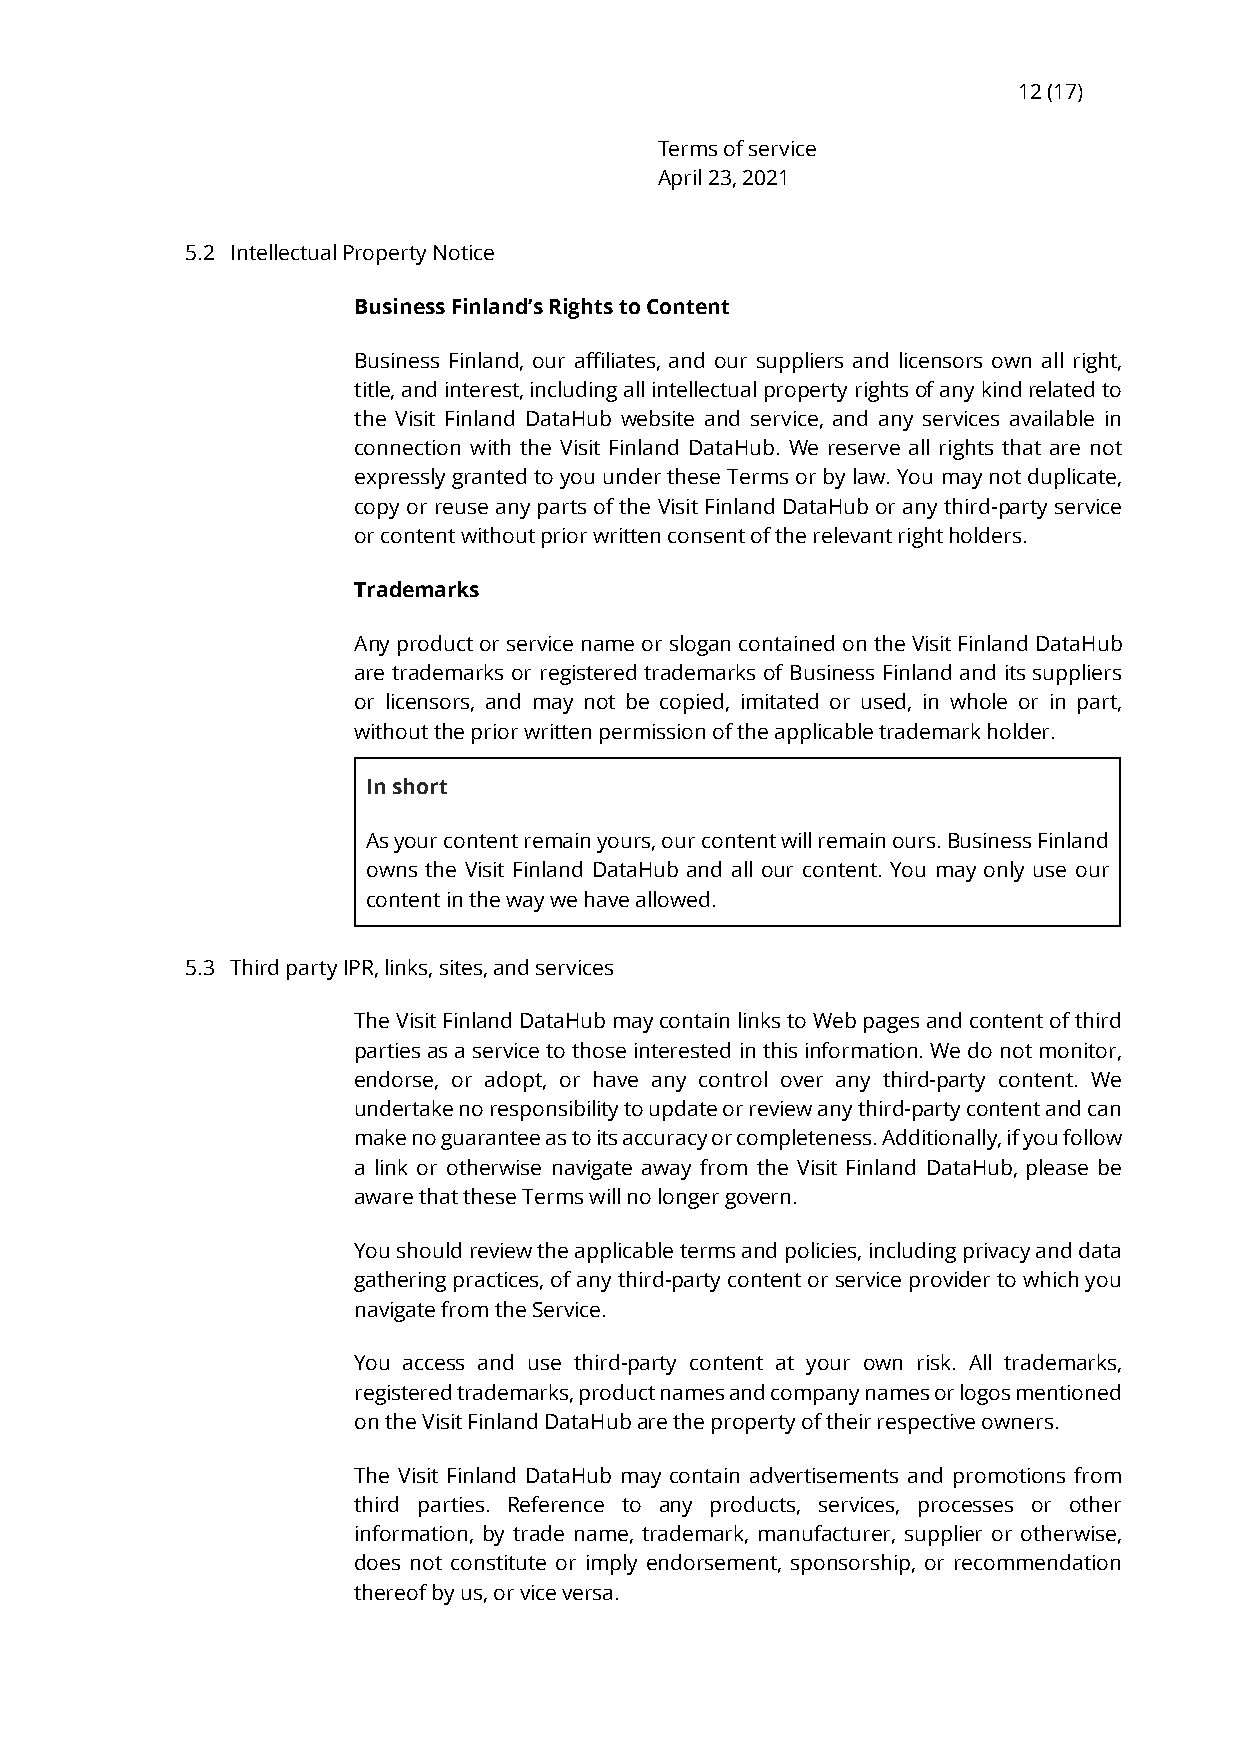
12 (17)
 Terms of service
 April 23, 2021
 5.2 Intellectual Property Notice
 Business Finland’s Rights to Content
 Business Finland, our affiliates, and our suppliers and licensors own all right,
 title, and interest, including all intellectual property rights of any kind related to
 the Visit Finland DataHub website and service, and any services available in
 connection with the Visit Finland DataHub. We reserve all rights that are not
 expressly granted to you under these Terms or by law. You may not duplicate,
 copy or reuse any parts of the Visit Finland DataHub or any third-party service
 or content without prior written consent of the relevant right holders.
 Trademarks
 Any product or service name or slogan contained on the Visit Finland DataHub
 are trademarks or registered trademarks of Business Finland and its suppliers
 or licensors, and may not be copied, imitated or used, in whole or in part,
 without the prior written permission of the applicable trademark holder.
 In short
 As your content remain yours, our content will remain ours. Business Finland
 owns the Visit Finland DataHub and all our content. You may only use our
 content in the way we have allowed.
 5.3 Third party IPR, links, sites, and services
 The Visit Finland DataHub may contain links to Web pages and content of third
 parties as a service to those interested in this information. We do not monitor,
 endorse, or adopt, or have any control over any third-party content. We
 undertake no responsibility to update or review any third-party content and can
 make no guarantee as to its accuracy or completeness. Additionally, if you follow
 a link or otherwise navigate away from the Visit Finland DataHub, please be
 aware that these Terms will no longer govern.
 You should review the applicable terms and policies, including privacy and data
 gathering practices, of any third-party content or service provider to which you
 navigate from the Service.
 You access and use third-party content at your own risk. All trademarks,
 registered trademarks, product names and company names or logos mentioned
 on the Visit Finland DataHub are the property of their respective owners.
 The Visit Finland DataHub may contain advertisements and promotions from
 third parties. Reference to any products, services, processes or other
 information, by trade name, trademark, manufacturer, supplier or otherwise,
 does not constitute or imply endorsement, sponsorship, or recommendation
 thereof by us, or vice versa.